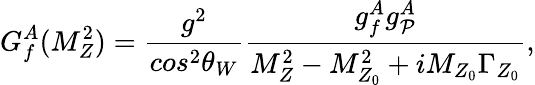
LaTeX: G_{f}^{A}(M_{Z}^{2})=\frac{g^{2}}{cos^{2}\theta_{W}}\frac{g_{f}^{A}g_{\cal P}^{A}}{M_{Z}^{2}-M_{Z_{0}}^{2}+iM_{Z_{0}}\Gamma_{Z_{0}}},